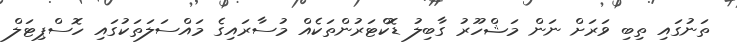
ތަނުގައި ތިބި ވަރަށް ނަން މަޝްހޫރު ގާބިލު ޑޮކްޓަރުންތަކެއް މުސާރައިގެ މައްސަލަތަކުގައި ހޮސްޕިޓަލް